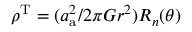
\rho ^ { \mathrm { T } } = ( a _ { \mathrm { a } } ^ { 2 } / 2 \pi G r ^ { 2 } ) R _ { n } ( \theta )